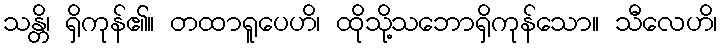
သန္တိ၊ ရှိကုန်၏။ တထာရူပေဟိ၊ ထိုသို့သဘောရှိကုန်သော။ သီလေဟိ၊